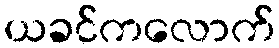
ယခင်ကလောက်